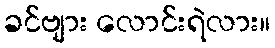
ခင်ဗျား လောင်းရဲလား။